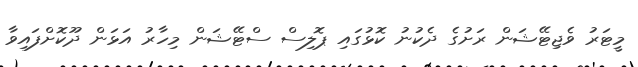
މީޓަރު ވެޖިޓޭޝަން ރަށުގެ ދެކުނު ކޮޅުގައި ޕޮލިސް ސްޓޭޝަން މިހާރު އަޅަން ދޫކޮށްފައިވާ